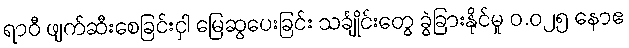
ရာဝီ ဖျက်ဆီးစေခြင်းငှါ မြေဆွပေးခြင်း သင်္ချိုင်းတွေ ခွဲခြားနိုင်မှု ၀.၀၂၅ နောဧ